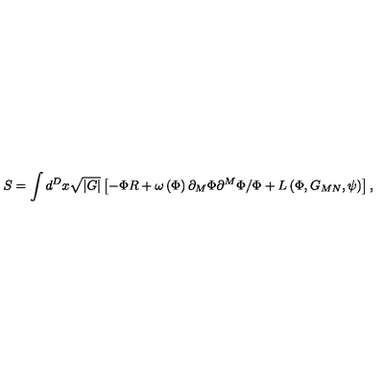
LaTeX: S = \int d ^ { D } x \sqrt { \left| G \right| } \left[ - \Phi R + \omega \left( \Phi \right) \partial _ { M } \Phi \partial ^ { M } \Phi / \Phi + L \left( \Phi , G _ { M N } , \psi \right) \right] ,